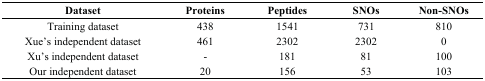
<table><thead><tr><td><b>Dataset</b></td><td><b>Proteins</b></td><td><b>Peptides</b></td><td><b>SNOs</b></td><td><b>Non-SNOs</b></td></tr></thead><tbody><tr><td>Training dataset</td><td>438</td><td>1541</td><td>731</td><td>810</td></tr><tr><td>Xue’s independent dataset</td><td>461</td><td>2302</td><td>2302</td><td>0</td></tr><tr><td>Xu’s independent dataset</td><td>-</td><td>181</td><td>81</td><td>100</td></tr><tr><td>Our independent dataset</td><td>20</td><td>156</td><td>53</td><td>103</td></tr></tbody></table>